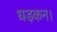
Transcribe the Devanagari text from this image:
धड़कन।